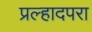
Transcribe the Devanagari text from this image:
प्रल्हादपरा